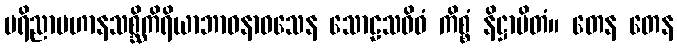
ပရိညာပဟာနသစ္ဆိကိရိယာဘာဝနာဝသေန သောဠသဝိဓံ ကိစ္စံ နိဋ္ဌာပိတံ။ တေန တေန